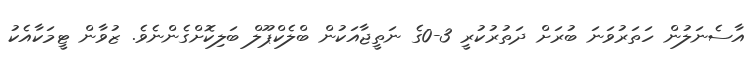
އާސެނަލުން ހަތަރުވަނަ ބުރަށް ދަތުރުކުރީ 3-0ގެ ނަތީޖާއަކުން ބްލެކްޕޫލް ބަލިކޮށްގެންނެވެ. ޒުވާން ޓީމަކާއެކު